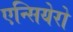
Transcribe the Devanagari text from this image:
एन्सियेरो